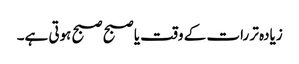
زیادہ تر رات کے وقت یا صبح صبح ہوتی ہے۔